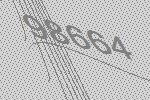
98664